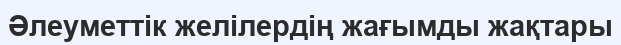
Әлеуметтік желілердің жағымды жақтары